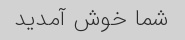
شما خوش آمدید